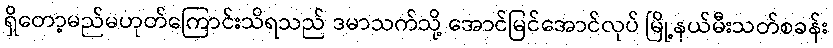
ရှိတော့မည်မဟုတ်ကြောင်းသိရသည် ဒမာသက်သို့ အောင်မြင်အောင်လုပ် မြို့နယ်မီးသတ်စခန်း